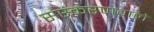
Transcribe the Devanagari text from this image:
संस्करणवाले